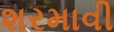
શરમાવી